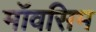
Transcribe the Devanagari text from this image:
मॉवसिम